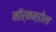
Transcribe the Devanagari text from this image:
नॉर्मन्डीला